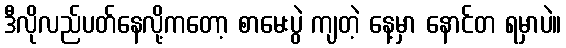
ဒီလိုလည်ပတ်နေလို့ကတော့ စာမေးပွဲ ကျတဲ့ နေ့မှာ နောင်တ ရမှာပဲ။